Report of the Municipal Commissioner on the plague in Bombay for the year ending 31st May... - Volume 3
Disease focus: Plague
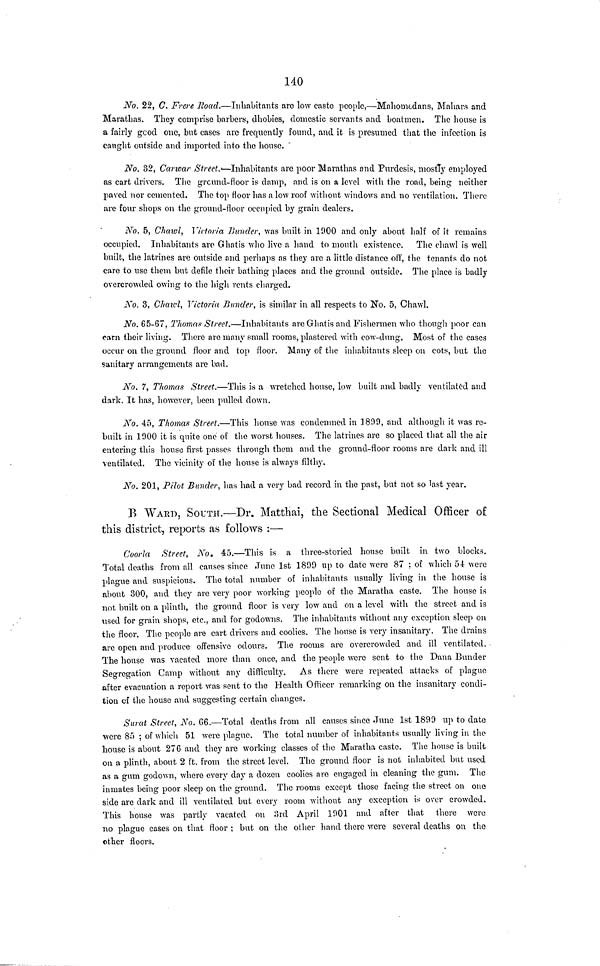
140
No, 22, C. Frere Road.—Inhabitants are low caste people,—Mahonudans, Mahars and
Maratbas. Tbey comprise barbers, dbobies, domestic servants and boatmen. Tlie house is
a fairly good one, but cases are frequently found, and it is presumed that the infection is
caught outside and imported into the house.
No. 32, Carwar Street.—Inhabitants are poor Marathas and Purdesis, mostly employed
as cart drivers. The ground-floor is damp, and is on a level with the road, being neither
paved nor cemented. The top floor has a low roof without windows and no ventilation. There
arc four shops on the ground-floor occupied by grain dealers.
No. 5, Chawl, Victoria Bunder, was built in 1900 and only about half of it remains
occupied. Inhabitants are Ghatis who live a hand to mouth existence. The chaw] is well
built, the latrines are outside and perhaps as they are a little distance off, the tenants do not
care to use them but defile their bathing places and the ground outside. The place is badly
overcrowded owing to the high rents charged.
No. 3, Chawl, Victoria Bunder, is similar in all respects to No. 5, Chawl.
No. 65-67, Thomas Street.—Inhabitants are Ghatis and Fishermen who though poor can
earn their living. There are many small rooms, plastered with cow-dung. Most of the cases
occur on the ground floor and top floor. Many of the inhabitants sleep on cots, but the
sanitary arrangements are bad.
No. 7, Thomas Street.—This is a wretched house, low built and badly ventilated and
dark. It has, however, been pulled down.
No. 45, Thomas Street.—This house was condemned in 1809, and although it was re-
built in 1900 it is quite one of the worst houses. The latrines are so placed that all the air
entering this house first passes through them and the ground-floor rooms are dark and ill
ventilated. The vicinity of the house is always filthy.
No. 201, Pilot Bunder, has had a very bad record in the past, but not so last year.
B WARD, SOUTH.—Dr. Matthai, the Sectional Medical Officer of
this district, reports as follows :—•
Coorla Street, No. 45.—This is a three-storied house built in two blocks.
Total deaths from all causes since June 1st 1899 up to date were 87 ; of which 54 were
plague and suspicious. The total number of inhabitants usually living in the house is
about 300, and they are very poor working people of the Maratha caste. The house is
not built on a plinth, the ground floor is very low and on a level with the street and is
used for grain shops, etc., and for godowns. The inhabitants without any exception sleep on
the floor. The people are cart drivers and coolies. The house is very insanitary. The drains
are open and produce offensive odours. The rooms are overcrowded and ill ventilated.
The house was vacated more than once, and the people were sent to the Dana Bunder
Segregation Camp without any difficulty. As there were repeated attacks of plague
after evacuation a report was sent to the Health Officer remarking on the insanitary condi-
tion of the house and suggesting certain changes.
Surat Street, No. 66.—Total deaths from all causes since June 1st 1899 up to date
were 85 ; of which 51 were plague. The total number of inhabitants usually living in the
house is about 276 and they are working classes of the Maratha caste. The house is built
on a plinth, about 2 ft. from the street level. The ground floor is not inhabited but used
as a gum godown, where every day a dozen coolies are engaged in cleaning the gum. The
inmates being poor sleep on the ground. The rooms except those facing the street on one
side are dark and ill ventilated but every room without any exception is over crowded.
This house was partly vacated on 3rd April 1901 and after that there were
no plague cases on that floor ; but on the other hand there were several deaths on the
other floors.